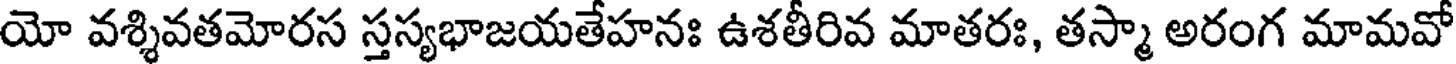
యో వశ్శివతమోరస స్తస్యభాజయతేహనః ఉశతీరివ మాతరః, తస్మా అరంగ మామవో